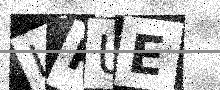
Text: IPUE